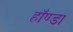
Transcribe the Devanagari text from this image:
हॉण्डा